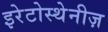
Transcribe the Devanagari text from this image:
इरेटोस्थेनीज़